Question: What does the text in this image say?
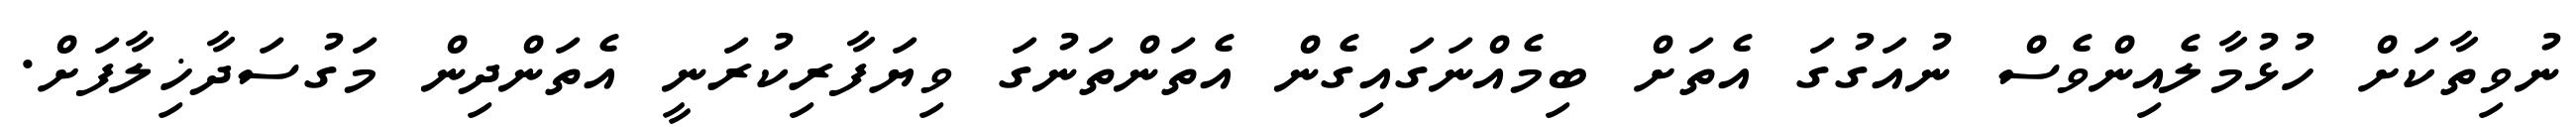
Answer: ނުވިތާކަށް ހުޅުމާލެއިންވެސް ނުއަގުގަ އެތަށް ބިމެއްނަގައިގެން އެތަންތަނުގަ ވިޔަފާރިކުރަނީ އެތަންދިން މަގުސަދާޚިލާފަށް.